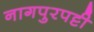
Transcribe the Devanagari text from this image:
नागपुरपट्टी